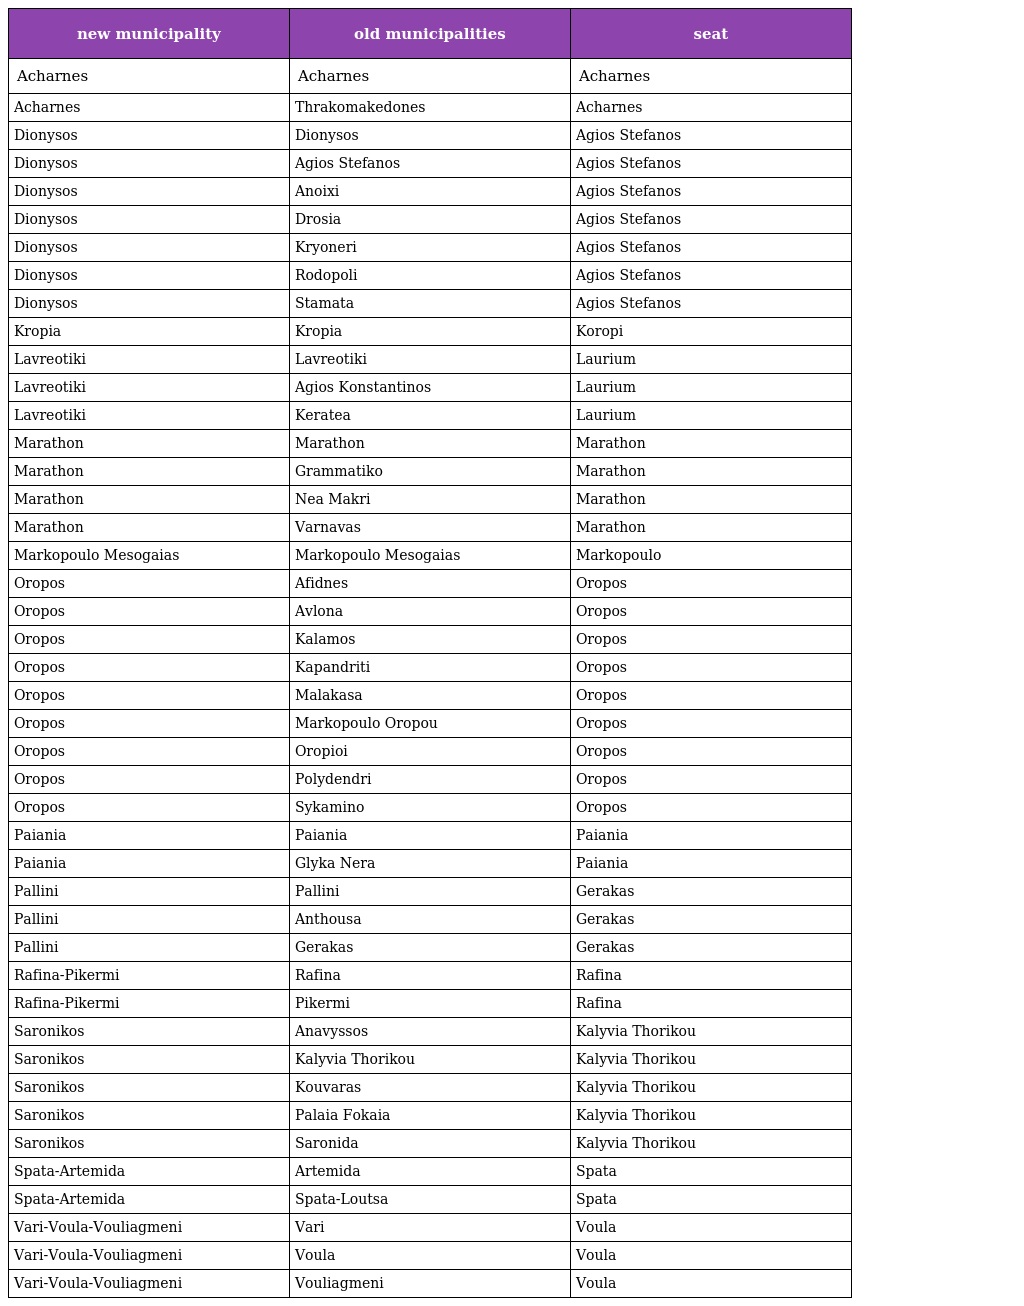
| new municipality | old municipalities | seat |
 | --- | --- | --- |
 | Acharnes | Acharnes | Acharnes |
 | Acharnes | Thrakomakedones | Acharnes |
 | Dionysos | Dionysos | Agios Stefanos |
 | Dionysos | Agios Stefanos | Agios Stefanos |
 | Dionysos | Anoixi | Agios Stefanos |
 | Dionysos | Drosia | Agios Stefanos |
 | Dionysos | Kryoneri | Agios Stefanos |
 | Dionysos | Rodopoli | Agios Stefanos |
 | Dionysos | Stamata | Agios Stefanos |
 | Kropia | Kropia | Koropi |
 | Lavreotiki | Lavreotiki | Laurium |
 | Lavreotiki | Agios Konstantinos | Laurium |
 | Lavreotiki | Keratea | Laurium |
 | Marathon | Marathon | Marathon |
 | Marathon | Grammatiko | Marathon |
 | Marathon | Nea Makri | Marathon |
 | Marathon | Varnavas | Marathon |
 | Markopoulo Mesogaias | Markopoulo Mesogaias | Markopoulo |
 | Oropos | Afidnes | Oropos |
 | Oropos | Avlona | Oropos |
 | Oropos | Kalamos | Oropos |
 | Oropos | Kapandriti | Oropos |
 | Oropos | Malakasa | Oropos |
 | Oropos | Markopoulo Oropou | Oropos |
 | Oropos | Oropioi | Oropos |
 | Oropos | Polydendri | Oropos |
 | Oropos | Sykamino | Oropos |
 | Paiania | Paiania | Paiania |
 | Paiania | Glyka Nera | Paiania |
 | Pallini | Pallini | Gerakas |
 | Pallini | Anthousa | Gerakas |
 | Pallini | Gerakas | Gerakas |
 | Rafina-Pikermi | Rafina | Rafina |
 | Rafina-Pikermi | Pikermi | Rafina |
 | Saronikos | Anavyssos | Kalyvia Thorikou |
 | Saronikos | Kalyvia Thorikou | Kalyvia Thorikou |
 | Saronikos | Kouvaras | Kalyvia Thorikou |
 | Saronikos | Palaia Fokaia | Kalyvia Thorikou |
 | Saronikos | Saronida | Kalyvia Thorikou |
 | Spata-Artemida | Artemida | Spata |
 | Spata-Artemida | Spata-Loutsa | Spata |
 | Vari-Voula-Vouliagmeni | Vari | Voula |
 | Vari-Voula-Vouliagmeni | Voula | Voula |
 | Vari-Voula-Vouliagmeni | Vouliagmeni | Voula |